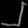
Digit: ၂